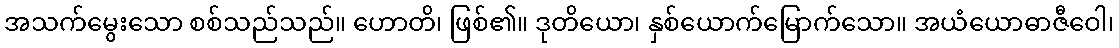
အသက်မွေးသော စစ်သည်သည်။ ဟောတိ၊ ဖြစ်၏။ ဒုတိယော၊ နှစ်ယောက်မြောက်သော။ အယံယောဓာဇီဝေါ၊